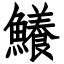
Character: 鱶